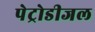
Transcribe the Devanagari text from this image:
पेट्रोडीजल